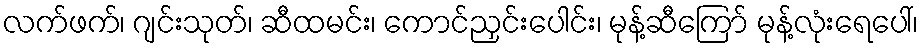
လက်ဖက်၊ ဂျင်းသုတ်၊ ဆီထမင်း၊ ကောင်ညှင်းပေါင်း၊ မုန့်ဆီကြော် မုန့်လုံးရေပေါ်၊